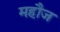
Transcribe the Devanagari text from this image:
महौज